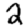
Digit: 2